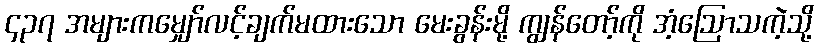
၄၃၇ အများကမျှော်လင့်ချက်မထားသော မေးခွန်းမို့ ကျွန်တော့်ကို အံ့ဩောသကဲ့သို့